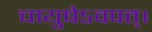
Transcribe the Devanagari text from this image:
चायुषेऽवपत्।